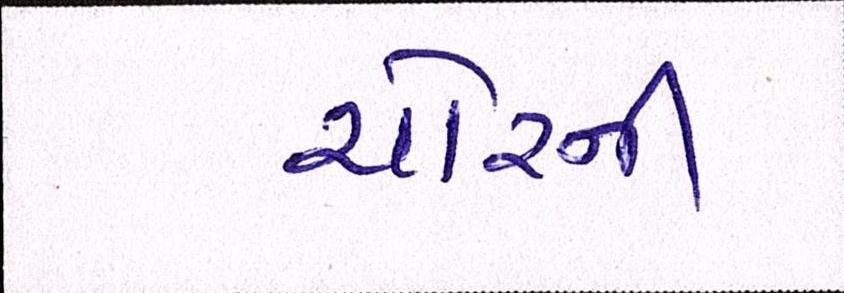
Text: ચોરની